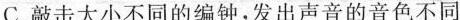
C.敲击大小不同的编钟，发出声音的音色不同